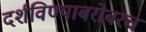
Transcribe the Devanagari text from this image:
दर्शविण्याबरोबरच